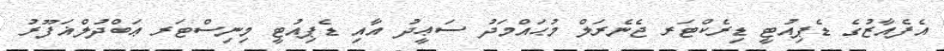
އެފެއާޒުގެ ޑެޕިއުޓީ ޑިރެކްޓަރ ޖެނެރަލް މުޙައްމަދު ސަޢީދު އާއި ޑެޕިއުޓީ މިނިސްޓަރ ޢަބްދުލްޣަފޫރު